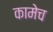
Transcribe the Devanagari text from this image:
कामेच